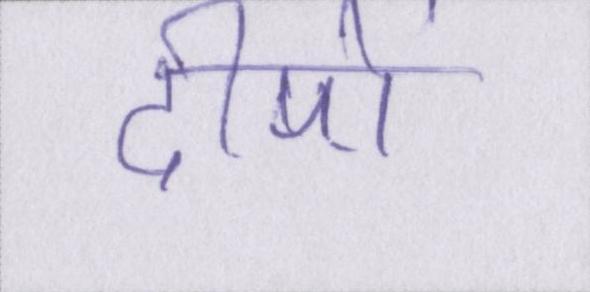
दीपों